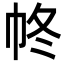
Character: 㠽